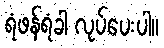
ရံဖန်ရံခါ လုပ်ပေးပါ။